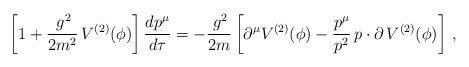
\begin{align*}\left[1 +\frac{\,g^2}{2m^2}\,V^{(2)}(\phi)\right]\frac{dp^\mu}{d\tau} =-\frac{\,g^2}{2m}\left[\partial^\mu V^{(2)}(\phi) - \frac{p^\mu}{p^2}\,p\cdot\partial\,V^{(2)}(\phi)\right]\,,\end{align*}